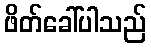
ဖိတ်ခေါ်ပါသည်